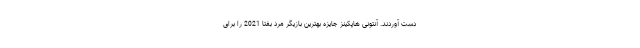
دست آوردند. آنتونی هاپکینز جایزه بهترین بازیگر مرد بفتا 2021 را برای